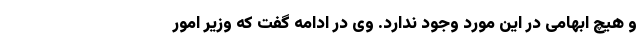
و هیچ ابهامی در این مورد وجود ندارد. وی در ادامه گفت که وزیر امور